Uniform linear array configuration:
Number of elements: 32
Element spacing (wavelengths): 0.5
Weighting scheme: cosine
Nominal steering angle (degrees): -30
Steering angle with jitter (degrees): -31.708
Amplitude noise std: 0.05
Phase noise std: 0.05

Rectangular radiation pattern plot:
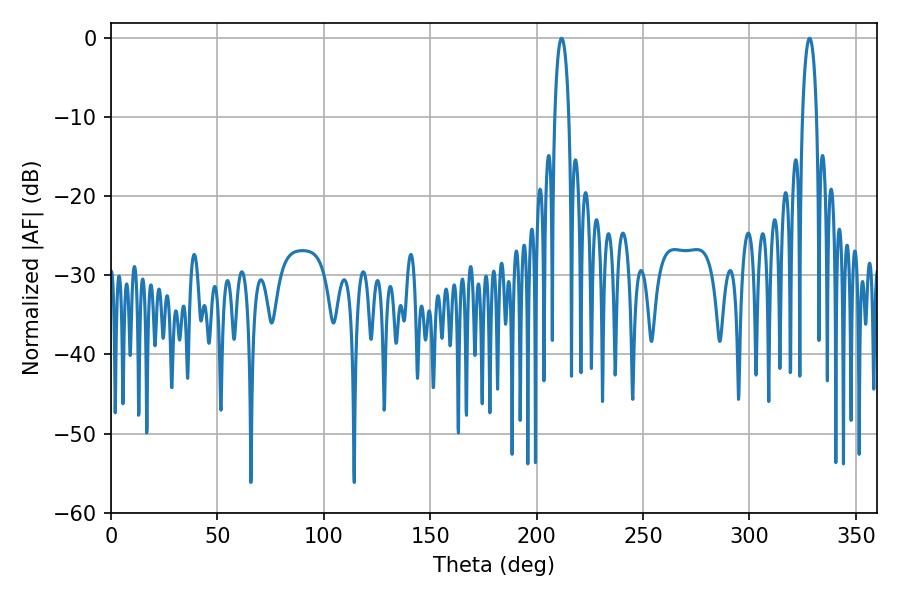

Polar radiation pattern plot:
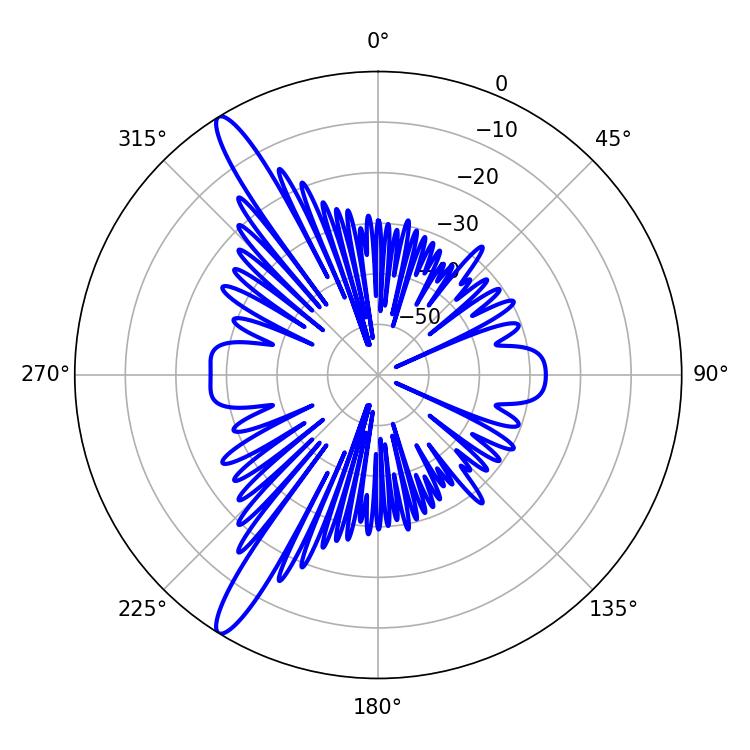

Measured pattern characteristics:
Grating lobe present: FALSE
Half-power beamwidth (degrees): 3.78
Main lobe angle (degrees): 211.68